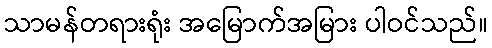
သာမန်တရားရုံး အမြောက်အမြား ပါဝင်သည်။